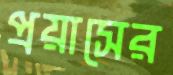
প্রয়াসের